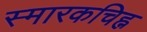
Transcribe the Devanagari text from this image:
स्मारकचिह्न